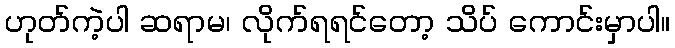
ဟုတ်ကဲ့ပါ ဆရာမ၊ လိုက်ရရင်တော့ သိပ် ကောင်းမှာပါ။